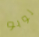
لوبو